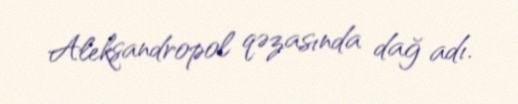
Aleksandropol qəzasında dağ adı.